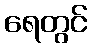
ရေတွင်